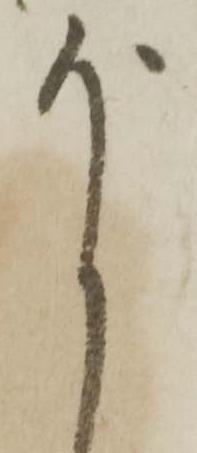
尚